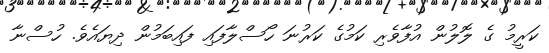
ކަރީމު ގެ ލޮލުން އުފާވެރި ކަމުގެ ކަރުނަ ހޯސްލާފައި ފައިބަމުން ދިޔައެވެ. ހުސްނާ